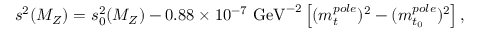
s ^ { 2 } ( M _ { Z } ) = s _ { 0 } ^ { 2 } ( M _ { Z } ) - 0 . 8 8 \times 1 0 ^ { - 7 } { \mathrm { ~ G e V } } ^ { - 2 } \left[ ( m _ { t } ^ { p o l e } ) ^ { 2 } - ( m _ { t _ { 0 } } ^ { p o l e } ) ^ { 2 } \right] ,